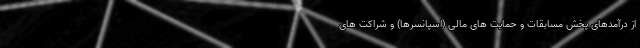
از درآمدهای پخش مسابقات و حمایت های مالی (اسپانسرها) و شراکت های